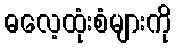
ဓလေ့ထုံးစံများကို